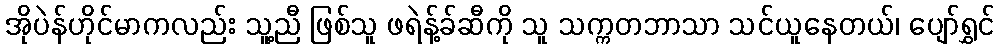
အိုပဲန်ဟိုင်မာကလည်း သူ့ညီ ဖြစ်သူ ဖရဲန့်ခ်ဆီကို သူ သက္ကတဘာသာ သင်ယူနေတယ်၊ ပျော်ရွှင်